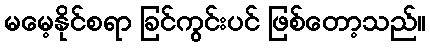
မမေ့နိုင်စရာ ခြင်ကွင်းပင် ဖြစ်တော့သည်။